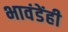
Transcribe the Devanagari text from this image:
भावंडेंही